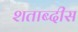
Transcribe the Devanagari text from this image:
शताब्दीस